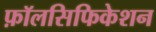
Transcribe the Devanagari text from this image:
फ़ॉलसिफिकेशन